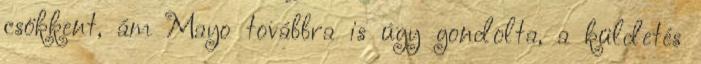
csökkent, ám Mayo továbbra is úgy gondolta, a küldetés